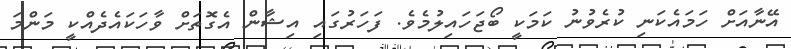
އޭނާއަށް ހަމައެކަނި ކުރެވުނު ކަމަކީ ބޯޖަހައިލުމެވެ. ފަހަރުގައި އިޝާން އެގޮތަށް ވާހަކައެދެއްކީ މަންމަ